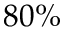
8 0 \%